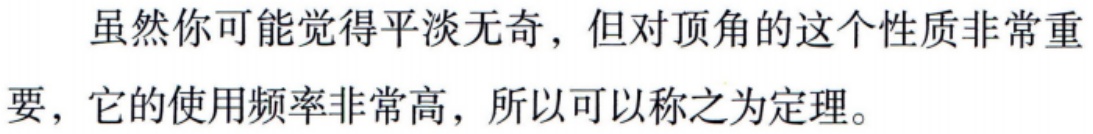
虽然你可能觉得平淡无奇，但对顶角的这个性质非常重要，它的使用频率非常高，所以可以称之为定理。